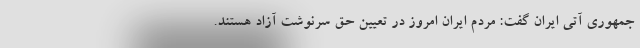
جمهوری آتی ایران گفت: مردم ایران امروز در تعیین حق سرنوشت آزاد هستند.